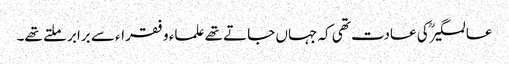
عالمگیرؒ کی عادت تھی کہ جہاں جاتے تھے علماء و فقراء سے برابر ملتے تھے۔